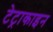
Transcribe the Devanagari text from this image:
टेट्राकाइन